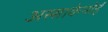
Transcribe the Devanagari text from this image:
अस्साकेनोई